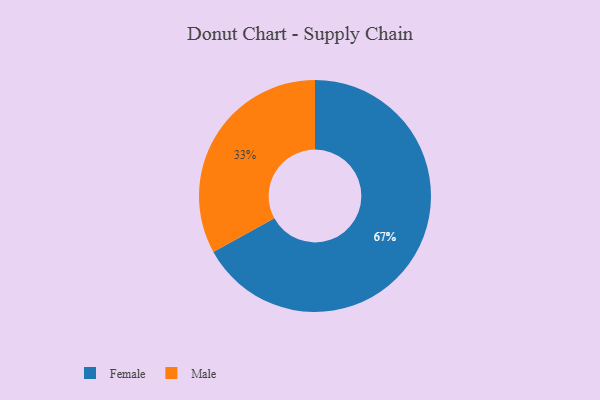
{"axis": {"x": "Category", "y": "Percentage"}, "legend": ["Female", "Male"], "data": [{"x": "Male", "y": 33, "type": "Male"}, {"x": "Female", "y": 67, "type": "Female"}]}